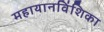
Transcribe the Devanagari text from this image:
महायानविंशिका